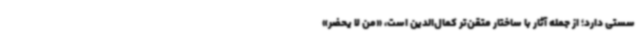
سستی دارد؛ از جمله آثار با ساختار متقن‌تر کمال‌الدین است، «من لا یحضر»